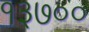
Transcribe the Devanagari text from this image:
१३७००